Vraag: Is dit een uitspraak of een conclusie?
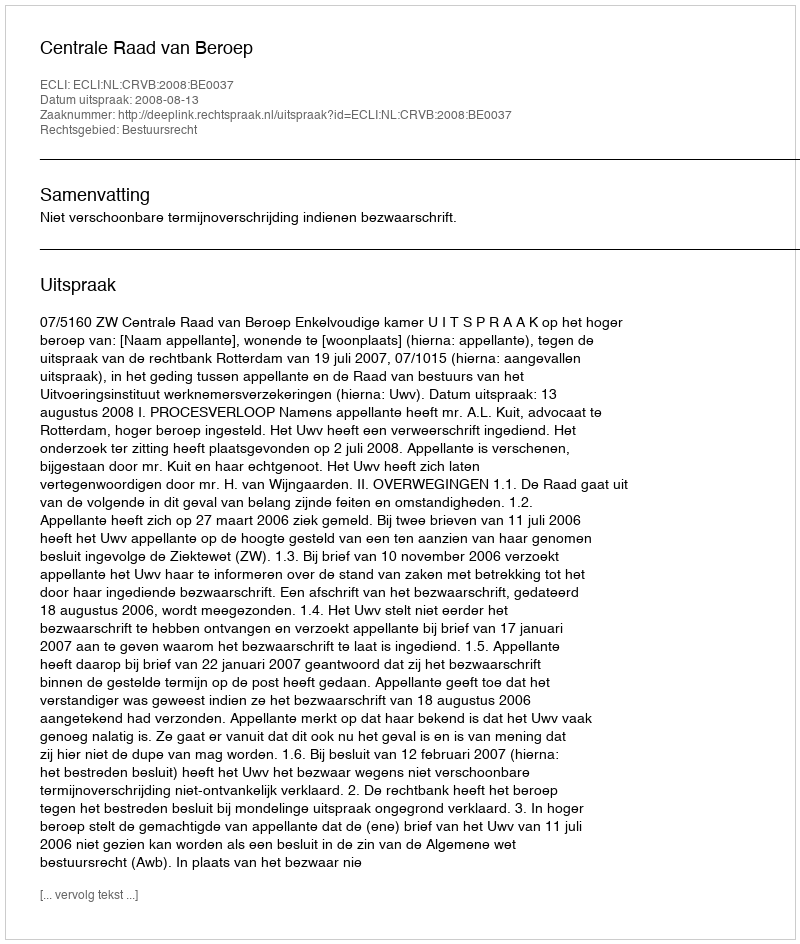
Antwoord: Uitspraak